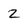
Character: Z